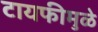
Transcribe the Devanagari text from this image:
टायफीमुळे